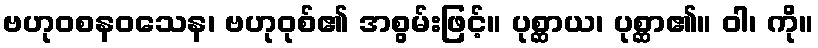
ဗဟုဝစနဝသေန၊ ဗဟုဝုစ်၏ အစွမ်းဖြင့်။ ပုစ္ဆာယ၊ ပုစ္ဆာ၏။ ဝါ၊ ကို။